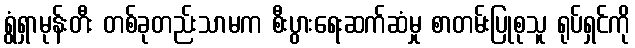
ရွံရှာမုန်းတီး တစ်ခုတည်းသာမက စီးပွားရေးဆက်ဆံမှု စာတမ်းပြုစုသူ ရုပ်ရှင်ကို